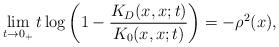
LaTeX: \begin{align*} \lim_{t \to 0_+} t \log \left( 1- \frac{K_D(x,x;t)}{K_0(x,x;t)} \right) = - \rho^2(x),\end{align*}